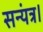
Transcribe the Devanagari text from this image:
सन्यंत्र।